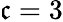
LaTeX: \mathfrak{c}=3